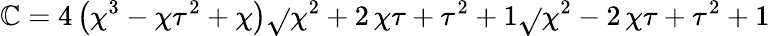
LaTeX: \mathbb{C}=4\, {\left({\chi}^{3}-{\chi}{\tau}^{2}+{\chi}\right)}\sqrt{}{{{\chi}^{2}+2\, {\chi}{\tau}+{\tau}^{2}+1}}\sqrt{}{{{\chi}^{2}-2\, {\chi}{\tau}+{\tau}^{2}+1}}